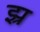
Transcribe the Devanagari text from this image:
झ्र